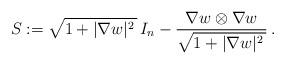
LaTeX: \begin{align*}S:=\sqrt{1+|\nabla w|^2\,}\,I_n-\frac{\nabla w\otimes\nabla w}{\sqrt{1+|\nabla w|^2\,}}\,.\end{align*}